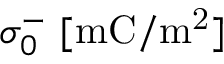
\sigma _ { 0 } ^ { - } ~ [ \mathrm { m C / m ^ { 2 } } ]